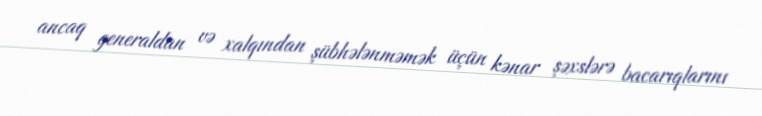
ancaq generaldan və xalqından şübhələnməmək üçün kənar şəxslərə bacarıqlarını